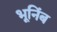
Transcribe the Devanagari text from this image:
भूनिंब